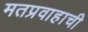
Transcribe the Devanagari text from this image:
मतप्रवाहाची